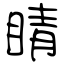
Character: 睛